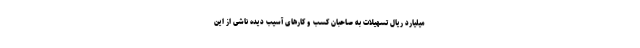
میلیارد ریال تسهیلات به صاحبان کسب و کارهای آسیب دیده ناشی از این